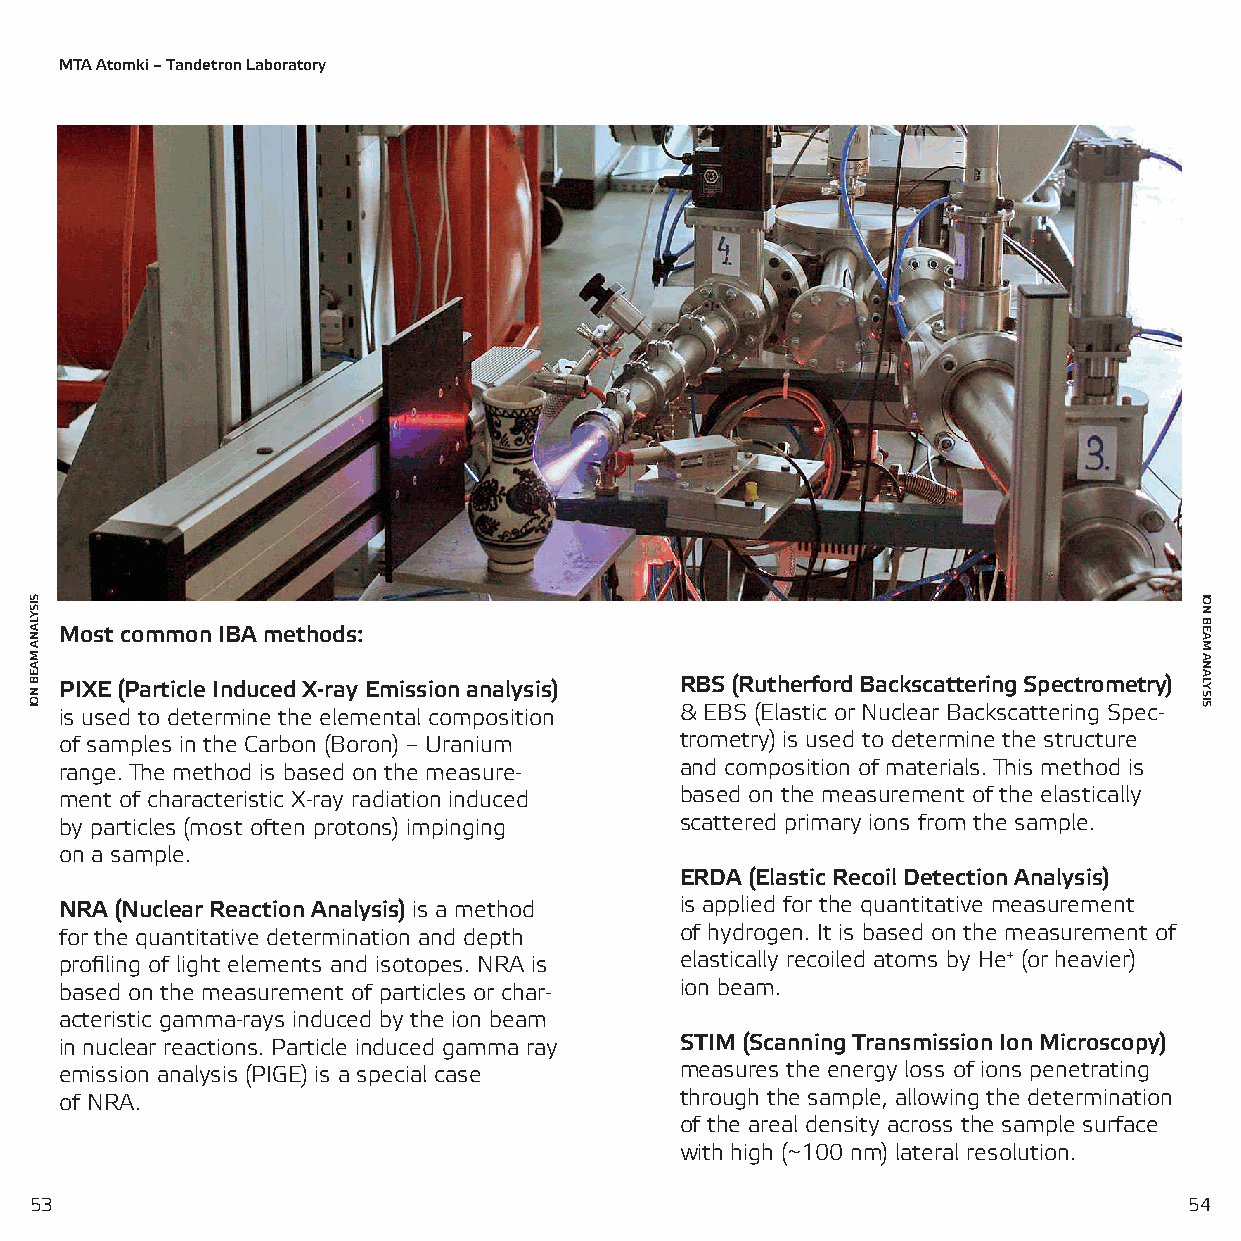
MTA Atomki – Tandetron Laboratory
 Most common IBA methods:
 PIXE (Particle Induced X-ray Emission analysis) RBS (Rutherford Backscattering Spectrometry)
 is used to determine the elemental composition & EBS (Elastic or Nuclear Backscattering Spec-
 of samples in the Carbon (Boron) – Uranium trometry) is used to determine the structure
 range. The method is based on the measure- and composition of materials. This method is
 ment of characteristic X-ray radiation induced based on the measurement of the elastically
 by particles (most often protons) impinging scattered primary ions from the sample.
 on a sample.
 ERDA (Elastic Recoil Detection Analysis)
 NRA (Nuclear Reaction Analysis) is a method is applied for the quantitative measurement
 for the quantitative determination and depth of hydrogen. It is based on the measurement of
 profiling of light elements and isotopes. NRA is elastically recoiled atoms by He+ (or heavier)
 based on the measurement of particles or char- ion beam.
 acteristic gamma-rays induced by the ion beam
 in nuclear reactions. Particle induced gamma ray STIM (Scanning Transmission Ion Microscopy)
 emission analysis (PIGE) is a special case measures the energy loss of ions penetrating
 of NRA.                                  through the sample, allowing the determination
 of the areal density across the sample surface
 with high (~100 nm) lateral resolution.
 53                                                                           54
 SISYLANA
 MAEB
 NOI
 ION
 BEAM
 ANALYSIS